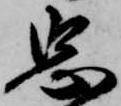
忠